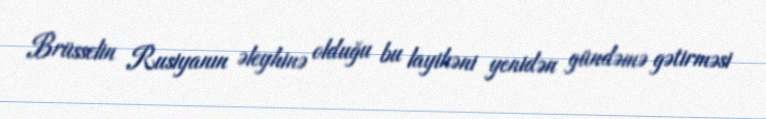
Brüsselin Rusiyanın əleyhinə olduğu bu layihəni yenidən gündəmə gətirməsi